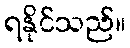
ရနိုင်သည်။